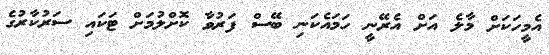
އެމީހަކަށް މާލެ އަށް އެރޭނީ ހަމައެކަނި ބޭސް ފަރުވާ ކޮށްލުމަށް ޓަކައި ސަރުކާރުގެ